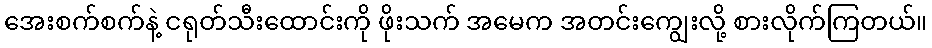
အေးစက်စက်နဲ့ ငရုတ်သီးထောင်းကို ဖိုးသက် အမေက အတင်းကျွေးလို့ စားလိုက်ကြတယ်။